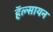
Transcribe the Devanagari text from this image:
हॅल्सायन